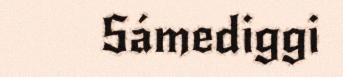
Sámediggi